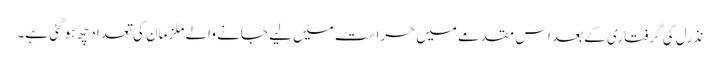
نذرل کی گرفتاری کے بعد اس مقدمے میں حراست میں لیے جانے والے ملزمان کی تعداد چھ ہو گئی ہے۔